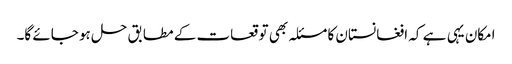
امکان یہی ہے کہ افغانستان کا مسئلہ بھی توقعات کے مطابق حل ہو جائے گا۔